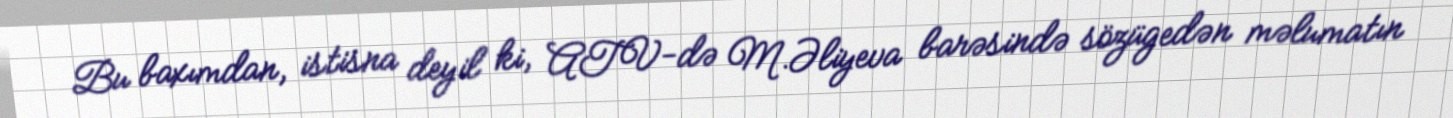
Bu baxımdan, istisna deyil ki, ATV-də M.Əliyeva barəsində sözügedən məlumatın